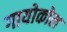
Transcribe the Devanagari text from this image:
गायोकोल